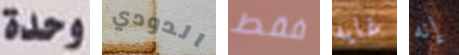
وحدة الدودي فقط غايه إنه